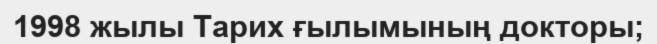
1998 жылы Тарих ғылымының докторы;